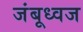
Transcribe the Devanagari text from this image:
जंबूध्वज